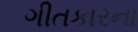
ગીતકારના